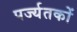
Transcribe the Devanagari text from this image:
पर्ज्यतकों